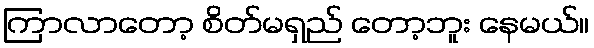
ကြာလာတော့ စိတ်မရှည် တော့ဘူး နေမယ်။